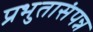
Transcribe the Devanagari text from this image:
प्रभुतासंपन्न